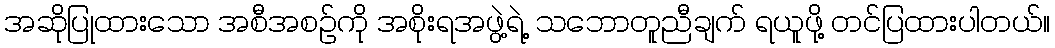
အဆိုပြုထားသော အစီအစဉ်ကို အစိုးရအဖွဲ့ရဲ့ သဘောတူညီချက် ရယူဖို့ တင်ပြထားပါတယ်။